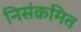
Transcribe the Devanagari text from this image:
निसंक्रमित